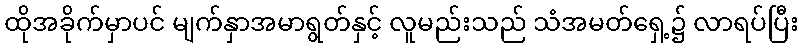
ထိုအခိုက်မှာပင် မျက်နှာအမာရွတ်နှင့် လူမည်းသည် သံအမတ်ရှေ့၌ လာရပ်ပြီး